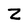
Character: Z